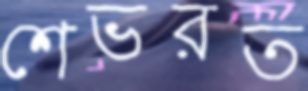
শেভরত